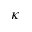
\kappa